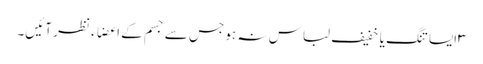
۳ایسا تنگ یا خفیف لباس نہ ہو جس سے جسم کے اعضاء نظر آئیں۔